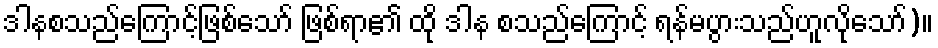
ဒါနစသည်ကြောင့်ဖြစ်သော် ဖြစ်ရာ၏ ထို ဒါန စသည်ကြောင့် ရန်မပွားသည်ဟူလိုသော်)။